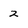
Character: 2